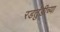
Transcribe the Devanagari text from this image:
रडतुंडीच्या